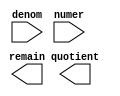
// megafunction wizard: %LPM_DIVIDE%VBB%
// GENERATION: STANDARD
// VERSION: WM1.0
// MODULE: LPM_DIVIDE 

// ============================================================
// Megafunction Name(s):
// 			LPM_DIVIDE
//
// Simulation Library Files(s):
// 			lpm
// ============================================================
// ************************************************************
// THIS IS A WIZARD-GENERATED FILE. DO NOT EDIT THIS FILE!
//
// 13.1.0 Build 162 10/23/2013 SJ Full Version
// ************************************************************

//Copyright (C) 1991-2013 Altera Corporation
//Your use of Altera Corporation's design tools, logic functions 
//and other software and tools, and its AMPP partner logic 
//functions, and any output files from any of the foregoing 
//(including device programming or simulation files), and any 
//associated documentation or information are expressly subject 
//to the terms and conditions of the Altera Program License 
//Subscription Agreement, Altera MegaCore Function License 
//Agreement, or other applicable license agreement, including, 
//without limitation, that your use is for the sole purpose of 
//programming logic devices manufactured by Altera and sold by 
//Altera or its authorized distributors.  Please refer to the 
//applicable agreement for further details.

module div_16 (
	denom,
	numer,
	quotient,
	remain);

	input	[15:0]  denom;
	input	[15:0]  numer;
	output	[15:0]  quotient;
	output	[15:0]  remain;

endmodule

// ============================================================
// CNX file retrieval info
// ============================================================
// Retrieval info: PRIVATE: INTENDED_DEVICE_FAMILY STRING "Cyclone V"
// Retrieval info: PRIVATE: PRIVATE_LPM_REMAINDERPOSITIVE STRING "TRUE"
// Retrieval info: PRIVATE: PRIVATE_MAXIMIZE_SPEED NUMERIC "-1"
// Retrieval info: PRIVATE: SYNTH_WRAPPER_GEN_POSTFIX STRING "0"
// Retrieval info: PRIVATE: USING_PIPELINE NUMERIC "0"
// Retrieval info: PRIVATE: VERSION_NUMBER NUMERIC "2"
// Retrieval info: PRIVATE: new_diagram STRING "1"
// Retrieval info: LIBRARY: lpm lpm.lpm_components.all
// Retrieval info: CONSTANT: LPM_DREPRESENTATION STRING "UNSIGNED"
// Retrieval info: CONSTANT: LPM_HINT STRING "LPM_REMAINDERPOSITIVE=TRUE"
// Retrieval info: CONSTANT: LPM_NREPRESENTATION STRING "UNSIGNED"
// Retrieval info: CONSTANT: LPM_TYPE STRING "LPM_DIVIDE"
// Retrieval info: CONSTANT: LPM_WIDTHD NUMERIC "16"
// Retrieval info: CONSTANT: LPM_WIDTHN NUMERIC "16"
// Retrieval info: USED_PORT: denom 0 0 16 0 INPUT NODEFVAL "denom[15..0]"
// Retrieval info: USED_PORT: numer 0 0 16 0 INPUT NODEFVAL "numer[15..0]"
// Retrieval info: USED_PORT: quotient 0 0 16 0 OUTPUT NODEFVAL "quotient[15..0]"
// Retrieval info: USED_PORT: remain 0 0 16 0 OUTPUT NODEFVAL "remain[15..0]"
// Retrieval info: CONNECT: @denom 0 0 16 0 denom 0 0 16 0
// Retrieval info: CONNECT: @numer 0 0 16 0 numer 0 0 16 0
// Retrieval info: CONNECT: quotient 0 0 16 0 @quotient 0 0 16 0
// Retrieval info: CONNECT: remain 0 0 16 0 @remain 0 0 16 0
// Retrieval info: GEN_FILE: TYPE_NORMAL div_16.v TRUE
// Retrieval info: GEN_FILE: TYPE_NORMAL div_16.inc FALSE
// Retrieval info: GEN_FILE: TYPE_NORMAL div_16.cmp FALSE
// Retrieval info: GEN_FILE: TYPE_NORMAL div_16.bsf TRUE FALSE
// Retrieval info: GEN_FILE: TYPE_NORMAL div_16_inst.v FALSE
// Retrieval info: GEN_FILE: TYPE_NORMAL div_16_bb.v TRUE
// Retrieval info: LIB_FILE: lpm